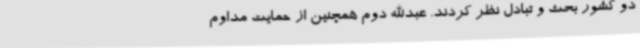
دو کشور بحث و تبادل نظر کردند. عبدالله دوم همچنین از حمایت مداوم